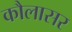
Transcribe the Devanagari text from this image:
कौलासर